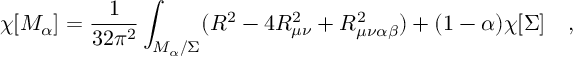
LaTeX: \chi [ { \cal M } _ { \alpha } ] = { \frac { 1 } { 3 2 \pi ^ { 2 } } } \int _ { { \cal M } _ { \alpha } / \Sigma } ( R ^ { 2 } - 4 R _ { \mu \nu } ^ { 2 } + R _ { \mu \nu \alpha \beta } ^ { 2 } ) + ( 1 - \alpha ) \chi [ \Sigma ] ~ ~ ~ ,